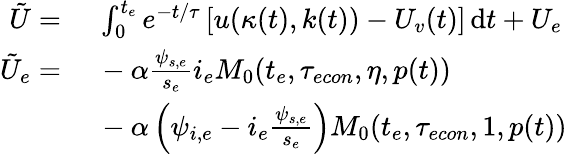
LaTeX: \begin{array}{rl}{\tilde{U}=}&{\ \int_{0}^{t_{e}}e^{-t/\tau}\left[u(\kappa(t),k(t))-U_{v}(t)\right]\, \mathrm{d}t+U_{e}}\\ {\tilde{U}_{e}=}&{\ -\alpha\frac{\psi_{s,e}}{s_{e}}i_{e}M_{0}(t_{e},{\tau_{econ}},\eta,p(t))}\\ &{\ -\alpha\left(\psi_{i,e}-i_{e}\frac{\psi_{s,e}}{s_{e}}\right)M_{0}(t_{e},{\tau_{econ}},1,p(t))}\end{array}